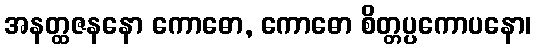
အနတ္ထဇနနော ကောဓော, ကောဓော စိတ္တပ္ပကောပနော၊